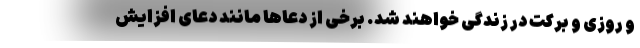
و روزی و برکت در زندگی خواهند شد. برخی از دعاها مانند دعای افزایش